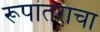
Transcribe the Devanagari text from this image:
रूपांतराचा